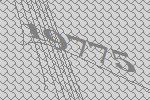
19775